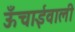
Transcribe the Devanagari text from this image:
ऊँचाईवाली